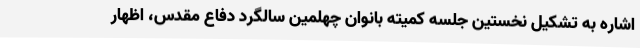
اشاره به تشکیل نخستین جلسه کمیته بانوان چهلمین سالگرد دفاع مقدس، اظهار